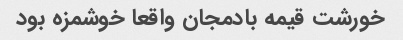
خورشت قیمه بادمجان واقعا خوشمزه بود